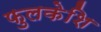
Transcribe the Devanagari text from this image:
फुलकेशि